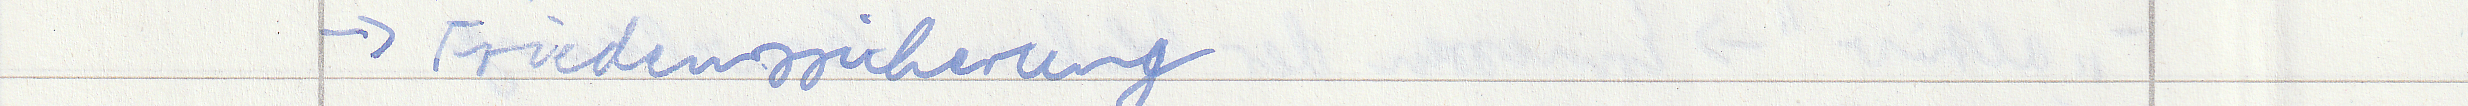
-> Friedenssicherung